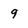
Character: 9